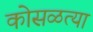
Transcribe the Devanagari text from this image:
कोसळत्या